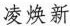
凌焕新